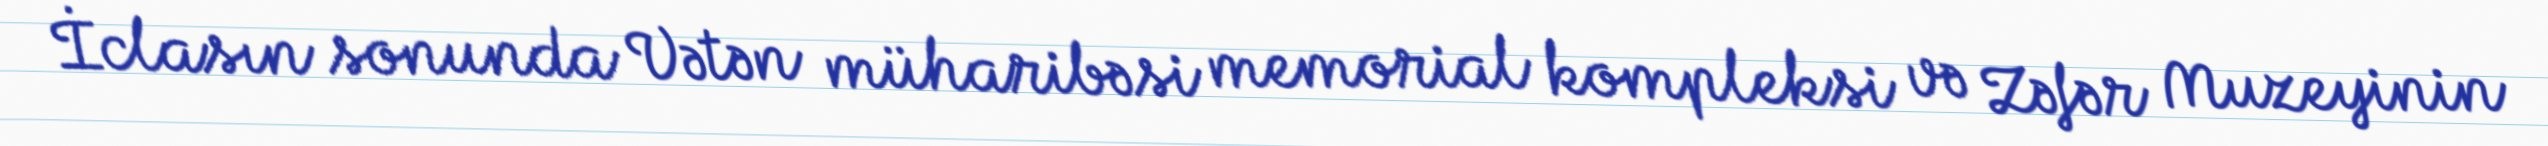
İclasın sonunda Vətən müharibəsi memorial kompleksi və Zəfər Muzeyinin